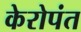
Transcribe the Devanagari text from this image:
केरोपंत